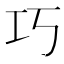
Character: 巧